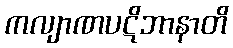
ကလျာဏပဋိဘာနာတိ